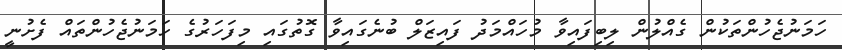
ހަމަނުޖެހުންތަކުން ގެއްލުން ލިބިފައިވާ މުހައްމަދު ފައިޒަލް ބުނެގައިވާ ގޮތުގައި މިފަހަރުގެ ހަމަނުޖެހުންތައް ފެށުނީ